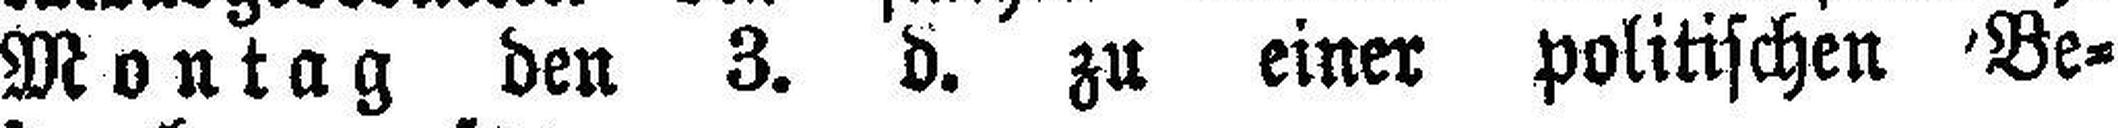
Montag den 3. d. zu einer politischen Be¬